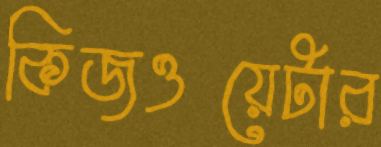
কিজওয়েটার